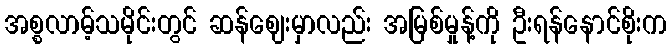
အစ္စလာမ့်သမိုင်းတွင် ဆန်ဈေးမှာလည်း အမြစ်မှုန့်ကို ဦးရန်နောင်စိုးက